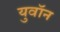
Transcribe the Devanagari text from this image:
युवॉन